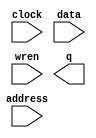
// megafunction wizard: %RAM: 1-PORT%VBB%
// GENERATION: STANDARD
// VERSION: WM1.0
// MODULE: altsyncram 

// ============================================================
// Megafunction Name(s):
// 			altsyncram
//
// Simulation Library Files(s):
// 			altera_mf
// ============================================================
// ************************************************************
// THIS IS A WIZARD-GENERATED FILE. DO NOT EDIT THIS FILE!
//
// 18.1.0 Build 625 09/12/2018 SJ Lite Edition
// ************************************************************

//Copyright (C) 2018  Intel Corporation. All rights reserved.
//Your use of Intel Corporation's design tools, logic functions 
//and other software and tools, and its AMPP partner logic 
//functions, and any output files from any of the foregoing 
//(including device programming or simulation files), and any 
//associated documentation or information are expressly subject 
//to the terms and conditions of the Intel Program License 
//Subscription Agreement, the Intel Quartus Prime License Agreement,
//the Intel FPGA IP License Agreement, or other applicable license
//agreement, including, without limitation, that your use is for
//the sole purpose of programming logic devices manufactured by
//Intel and sold by Intel or its authorized distributors.  Please
//refer to the applicable agreement for further details.

module car_ram (
	address,
	clock,
	data,
	wren,
	q);

	input	[13:0]  address;
	input	  clock;
	input	[19:0]  data;
	input	  wren;
	output	[19:0]  q;
`ifndef ALTERA_RESERVED_QIS
// synopsys translate_off
`endif
	tri1	  clock;
`ifndef ALTERA_RESERVED_QIS
// synopsys translate_on
`endif

endmodule

// ============================================================
// CNX file retrieval info
// ============================================================
// Retrieval info: PRIVATE: ADDRESSSTALL_A NUMERIC "0"
// Retrieval info: PRIVATE: AclrAddr NUMERIC "0"
// Retrieval info: PRIVATE: AclrByte NUMERIC "0"
// Retrieval info: PRIVATE: AclrData NUMERIC "0"
// Retrieval info: PRIVATE: AclrOutput NUMERIC "0"
// Retrieval info: PRIVATE: BYTE_ENABLE NUMERIC "0"
// Retrieval info: PRIVATE: BYTE_SIZE NUMERIC "8"
// Retrieval info: PRIVATE: BlankMemory NUMERIC "0"
// Retrieval info: PRIVATE: CLOCK_ENABLE_INPUT_A NUMERIC "0"
// Retrieval info: PRIVATE: CLOCK_ENABLE_OUTPUT_A NUMERIC "0"
// Retrieval info: PRIVATE: Clken NUMERIC "0"
// Retrieval info: PRIVATE: DataBusSeparated NUMERIC "1"
// Retrieval info: PRIVATE: IMPLEMENT_IN_LES NUMERIC "0"
// Retrieval info: PRIVATE: INIT_FILE_LAYOUT STRING "PORT_A"
// Retrieval info: PRIVATE: INIT_TO_SIM_X NUMERIC "0"
// Retrieval info: PRIVATE: INTENDED_DEVICE_FAMILY STRING "MAX 10"
// Retrieval info: PRIVATE: JTAG_ENABLED NUMERIC "0"
// Retrieval info: PRIVATE: JTAG_ID STRING "NONE"
// Retrieval info: PRIVATE: MAXIMUM_DEPTH NUMERIC "0"
// Retrieval info: PRIVATE: MIFfilename STRING "../car_sprite_small_quantized.mif"
// Retrieval info: PRIVATE: NUMWORDS_A NUMERIC "16384"
// Retrieval info: PRIVATE: RAM_BLOCK_TYPE NUMERIC "2"
// Retrieval info: PRIVATE: READ_DURING_WRITE_MODE_PORT_A NUMERIC "3"
// Retrieval info: PRIVATE: RegAddr NUMERIC "1"
// Retrieval info: PRIVATE: RegData NUMERIC "1"
// Retrieval info: PRIVATE: RegOutput NUMERIC "0"
// Retrieval info: PRIVATE: SYNTH_WRAPPER_GEN_POSTFIX STRING "0"
// Retrieval info: PRIVATE: SingleClock NUMERIC "1"
// Retrieval info: PRIVATE: UseDQRAM NUMERIC "1"
// Retrieval info: PRIVATE: WRCONTROL_ACLR_A NUMERIC "0"
// Retrieval info: PRIVATE: WidthAddr NUMERIC "14"
// Retrieval info: PRIVATE: WidthData NUMERIC "20"
// Retrieval info: PRIVATE: rden NUMERIC "0"
// Retrieval info: LIBRARY: altera_mf altera_mf.altera_mf_components.all
// Retrieval info: CONSTANT: CLOCK_ENABLE_INPUT_A STRING "BYPASS"
// Retrieval info: CONSTANT: CLOCK_ENABLE_OUTPUT_A STRING "BYPASS"
// Retrieval info: CONSTANT: INIT_FILE STRING "../car_sprite_small_quantized.mif"
// Retrieval info: CONSTANT: INTENDED_DEVICE_FAMILY STRING "MAX 10"
// Retrieval info: CONSTANT: LPM_HINT STRING "ENABLE_RUNTIME_MOD=NO"
// Retrieval info: CONSTANT: LPM_TYPE STRING "altsyncram"
// Retrieval info: CONSTANT: NUMWORDS_A NUMERIC "16384"
// Retrieval info: CONSTANT: OPERATION_MODE STRING "SINGLE_PORT"
// Retrieval info: CONSTANT: OUTDATA_ACLR_A STRING "NONE"
// Retrieval info: CONSTANT: OUTDATA_REG_A STRING "UNREGISTERED"
// Retrieval info: CONSTANT: POWER_UP_UNINITIALIZED STRING "FALSE"
// Retrieval info: CONSTANT: RAM_BLOCK_TYPE STRING "M9K"
// Retrieval info: CONSTANT: READ_DURING_WRITE_MODE_PORT_A STRING "NEW_DATA_NO_NBE_READ"
// Retrieval info: CONSTANT: WIDTHAD_A NUMERIC "14"
// Retrieval info: CONSTANT: WIDTH_A NUMERIC "20"
// Retrieval info: CONSTANT: WIDTH_BYTEENA_A NUMERIC "1"
// Retrieval info: USED_PORT: address 0 0 14 0 INPUT NODEFVAL "address[13..0]"
// Retrieval info: USED_PORT: clock 0 0 0 0 INPUT VCC "clock"
// Retrieval info: USED_PORT: data 0 0 20 0 INPUT NODEFVAL "data[19..0]"
// Retrieval info: USED_PORT: q 0 0 20 0 OUTPUT NODEFVAL "q[19..0]"
// Retrieval info: USED_PORT: wren 0 0 0 0 INPUT NODEFVAL "wren"
// Retrieval info: CONNECT: @address_a 0 0 14 0 address 0 0 14 0
// Retrieval info: CONNECT: @clock0 0 0 0 0 clock 0 0 0 0
// Retrieval info: CONNECT: @data_a 0 0 20 0 data 0 0 20 0
// Retrieval info: CONNECT: @wren_a 0 0 0 0 wren 0 0 0 0
// Retrieval info: CONNECT: q 0 0 20 0 @q_a 0 0 20 0
// Retrieval info: GEN_FILE: TYPE_NORMAL car_ram.v TRUE
// Retrieval info: GEN_FILE: TYPE_NORMAL car_ram.inc FALSE
// Retrieval info: GEN_FILE: TYPE_NORMAL car_ram.cmp FALSE
// Retrieval info: GEN_FILE: TYPE_NORMAL car_ram.bsf FALSE
// Retrieval info: GEN_FILE: TYPE_NORMAL car_ram_inst.v FALSE
// Retrieval info: GEN_FILE: TYPE_NORMAL car_ram_bb.v TRUE
// Retrieval info: LIB_FILE: altera_mf